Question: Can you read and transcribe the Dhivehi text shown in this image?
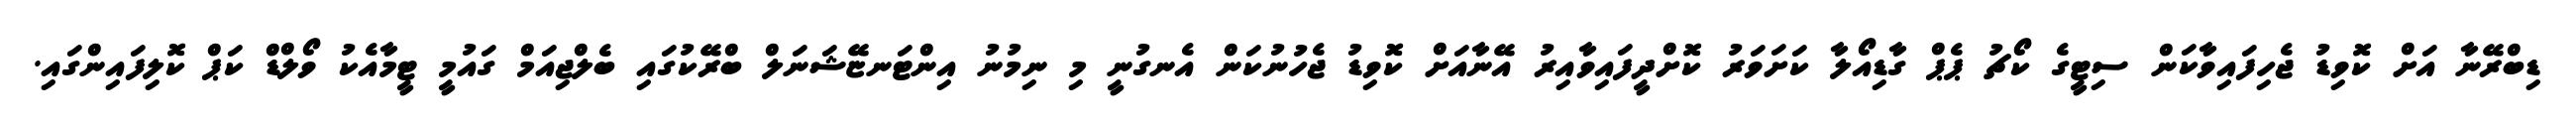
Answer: ޑިބްރޭނާ އަށް ކޮވިޑު ޖެހިފައިވާކަން ސިޓީގެ ކޯޗު ޕެޕް ގާޑިއޯލާ ކަށަވަރު ކޮށްދީފައިވާއިރު އޭނާއަށް ކޮވިޑު ޖެހުނުކަން އެނގުނީ މި ނިމުނު އިންޓަނޏޭޝަނަލް ބްރޭކުގައި ބެލްޖިއަމް ގައުމީ ޓީމާއެކު ވޯލްޑް ކަޕް ކޮލިފައިންގައި.